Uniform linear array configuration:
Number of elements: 64
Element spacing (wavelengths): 0.75
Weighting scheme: hann
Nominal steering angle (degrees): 0
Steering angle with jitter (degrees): -1.926
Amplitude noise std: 0.05
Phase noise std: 0.05

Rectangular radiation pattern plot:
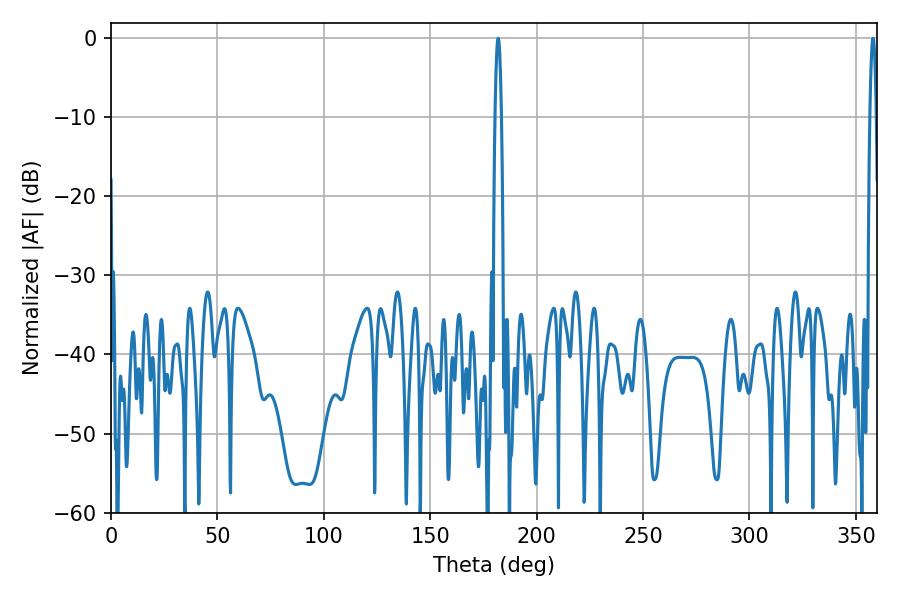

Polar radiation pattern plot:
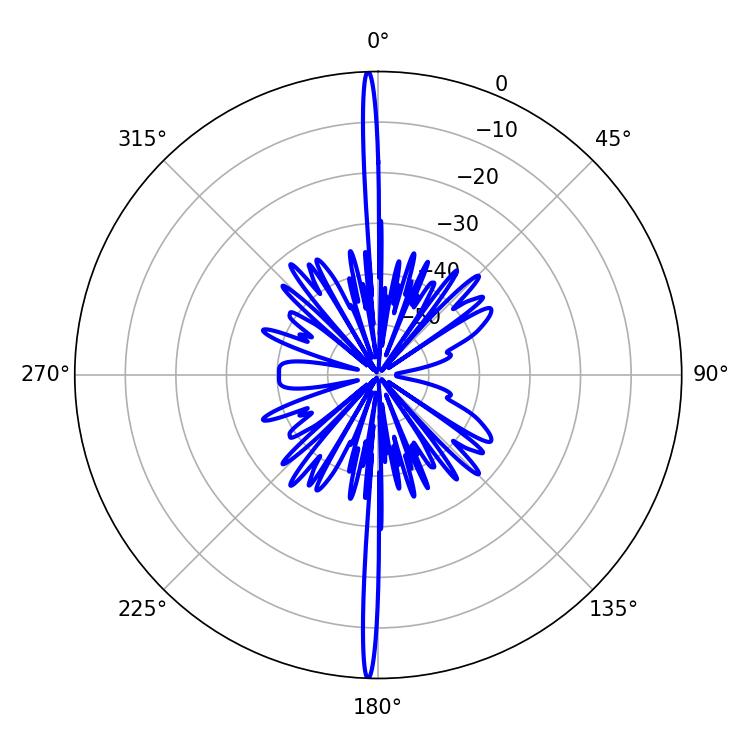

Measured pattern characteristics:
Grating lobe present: TRUE
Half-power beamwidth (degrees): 1.62
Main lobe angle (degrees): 358.02